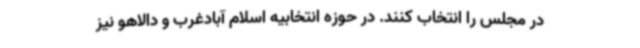
در مجلس را انتخاب کنند. در حوزه انتخابیه اسلام آبادغرب و دالاهو نیز